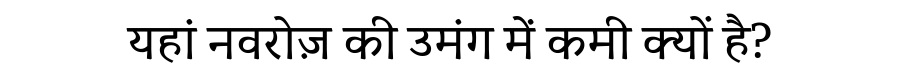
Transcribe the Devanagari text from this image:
यहां नवरोज़ की उमंग में कमी क्यों है?